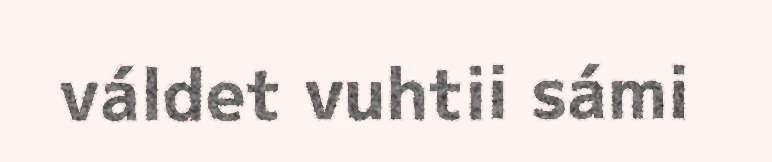
váldet vuhtii sámi